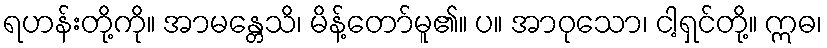
ရဟန်းတို့ကို။ အာမန္တေသိ၊ မိန့်တော်မူ၏။ ပ။ အာဝုသော၊ ငါ့ရှင်တို့။ ဣဓ၊